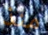
منذ